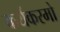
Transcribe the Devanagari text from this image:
कर्यकरमो